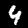
Digit: 4